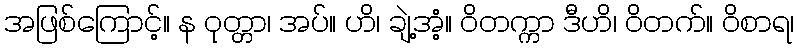
အဖြစ်ကြောင့်။ န ဝုတ္တာ၊ အပ်။ ဟိ၊ ချဲ့အံ့။ ဝိတက္ကာ ဒီဟိ၊ ဝိတက်။ ဝိစာရ၊